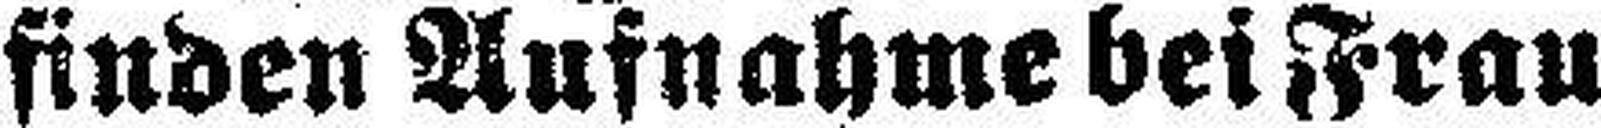
finden Aufnahme bei Frau